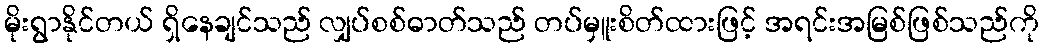
မိုးရွာနိုင်တယ် ရှိနေချင်သည် လျှပ်စစ်ဓာတ်သည် တပ်မှူးစိတ်ထားဖြင့် အရင်းအမြစ်ဖြစ်သည်ကို